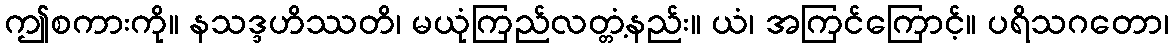
ဤစကားကို။ နသဒ္ဒဟိဿတိ၊ မယုံကြည်လတ္တံ့နည်း။ ယံ၊ အကြင်ကြောင့်။ ပရိသဂတော၊